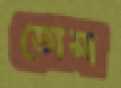
তোসা